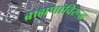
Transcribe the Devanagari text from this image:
ब्राह्मणांविरूद्ध